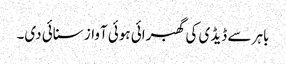
باہر سے ڈیڈی کی گھبرائی ہوئی آواز سنائی دی۔